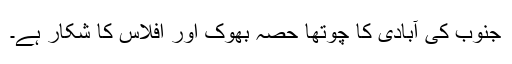
جنوب کی آبادی کا چوتھا حصہ بھوک اور افلاس کا شکار ہے۔